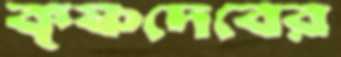
কৃষ্ণদেবের